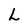
Character: L